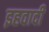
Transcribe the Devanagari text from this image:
इहवादी